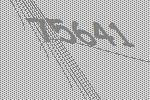
75641